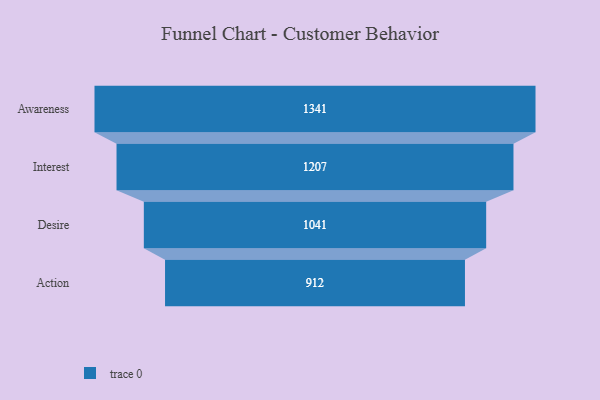
{"axis": {"x": "Stage", "y": "Value"}, "legend": [""], "data": [{"x": "Awareness", "y": 1341.0, "type": ""}, {"x": "Interest", "y": 1207.0, "type": ""}, {"x": "Desire", "y": 1041.0, "type": ""}, {"x": "Action", "y": 912.0, "type": ""}]}